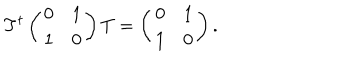
T ^ { t } \left( \begin{array} { c c } { { 0 } } & { { 1 } } \\ { { 1 } } & { { 0 } } \\ \end{array} \right) T = \left( \begin{array} { c c } { { 0 } } & { { 1 } } \\ { { 1 } } & { { 0 } } \\ \end{array} \right) .